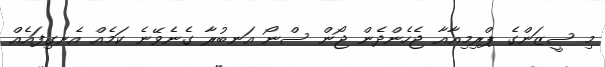
މި ސީޒަންގެ ޕްރިމިއާއާ ޖެހެންދެން ޖޯން ސްނޯ އަނބުރާ ގެނެވޭނެ ކަމެއް އެނގިފައެއް